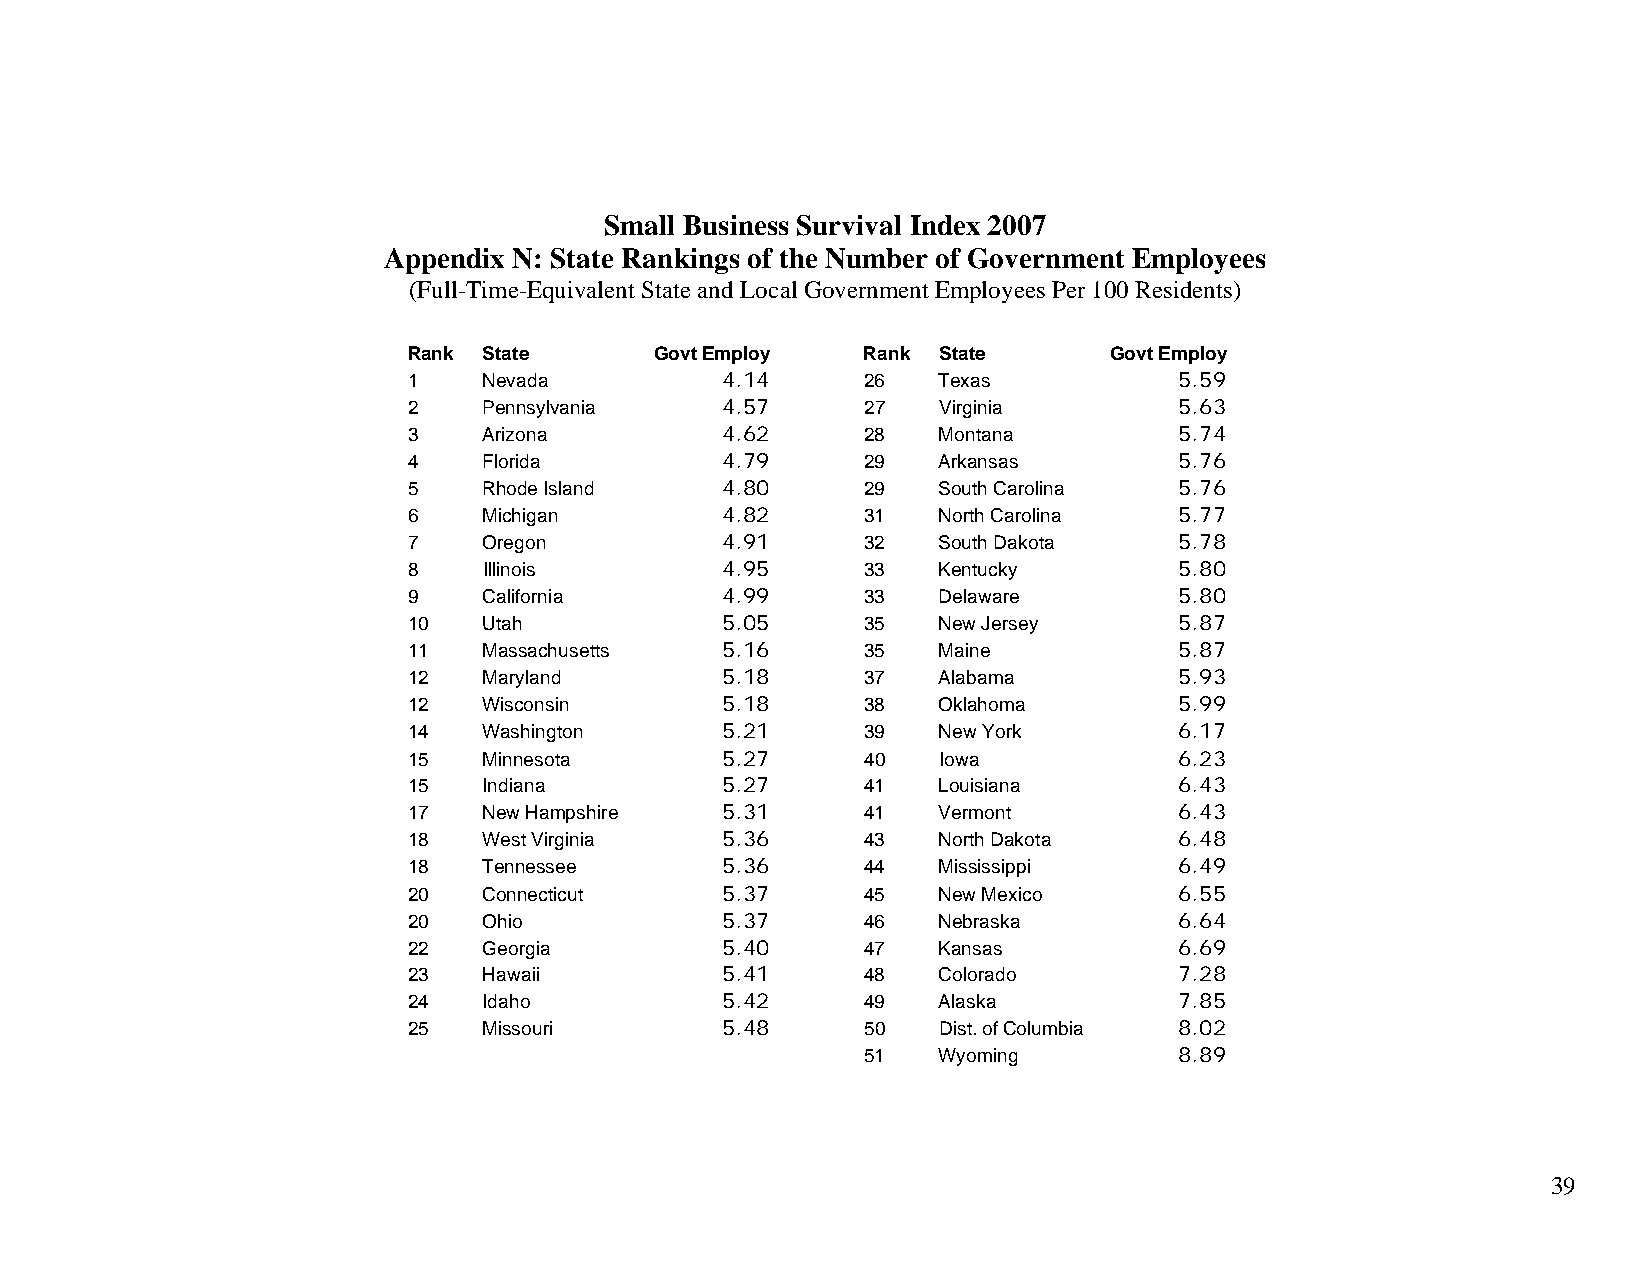
Small Business Survival Index 2007
 Appendix N: State Rankings of the Number of Government Employees
 (Full-Time-Equivalent State and Local Government Employees Per 100 Residents)
 Rank State      Govt Employ   Rank State      Govt Employ
 1    Nevada          4.14     26   Texas           5.59
 2    Pennsylvania    4.57     27   Virginia        5.63
 3    Arizona         4.62     28   Montana         5.74
 4    Florida         4.79     29   Arkansas        5.76
 5    Rhode Island    4.80     29   South Carolina  5.76
 6    Michigan        4.82     31   North Carolina  5.77
 7    Oregon          4.91     32   South Dakota    5.78
 8    Illinois        4.95     33   Kentucky        5.80
 9    California      4.99     33   Delaware        5.80
 10   Utah            5.05     35   New Jersey      5.87
 11   Massachusetts   5.16     35   Maine           5.87
 12   Maryland        5.18     37   Alabama         5.93
 12   Wisconsin       5.18     38   Oklahoma        5.99
 14   Washington      5.21     39   New York        6.17
 15   Minnesota       5.27     40   Iowa            6.23
 15   Indiana         5.27     41   Louisiana       6.43
 17   New Hampshire   5.31     41   Vermont         6.43
 18   West Virginia   5.36     43   North Dakota    6.48
 18   Tennessee       5.36     44   Mississippi     6.49
 20   Connecticut     5.37     45   New Mexico      6.55
 20   Ohio            5.37     46   Nebraska        6.64
 22   Georgia         5.40     47   Kansas          6.69
 23   Hawaii          5.41     48   Colorado        7.28
 24   Idaho           5.42     49   Alaska          7.85
 25   Missouri        5.48     50   Dist. of Columbia 8.02
 51   Wyoming         8.89
 39